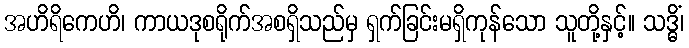
အဟိရိကေဟိ၊ ကာယဒုစရိုက်အစရှိသည်မှ ရှက်ခြင်းမရှိကုန်သော သူတို့နှင့်။ သဒ္ဓိံ၊